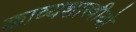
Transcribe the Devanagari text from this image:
काव्यशास्त्रीयो